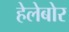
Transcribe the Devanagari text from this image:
हेलेबोर